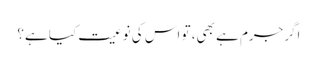
اگرجرم ہے بھی، تو اس کی نوعیت کیا ہے؟